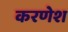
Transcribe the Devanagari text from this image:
करणेश